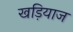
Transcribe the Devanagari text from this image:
खड़ियाज